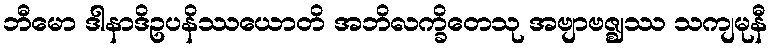
ဘီမော ဒါနာဒိဥပနိဿယောတိ အဘိလက္ခိတေသု အဗျာဗဇ္ဈဿ သကျမုနီ